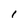
Character: i